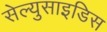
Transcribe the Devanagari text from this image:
सेल्युसाइडिस